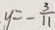
y = - \frac { 3 } { 1 1 }